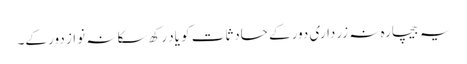
یہ بیچارہ نہ زرداری دور کے حادثات کو یاد رکھ سکا نہ نواز دور کے۔